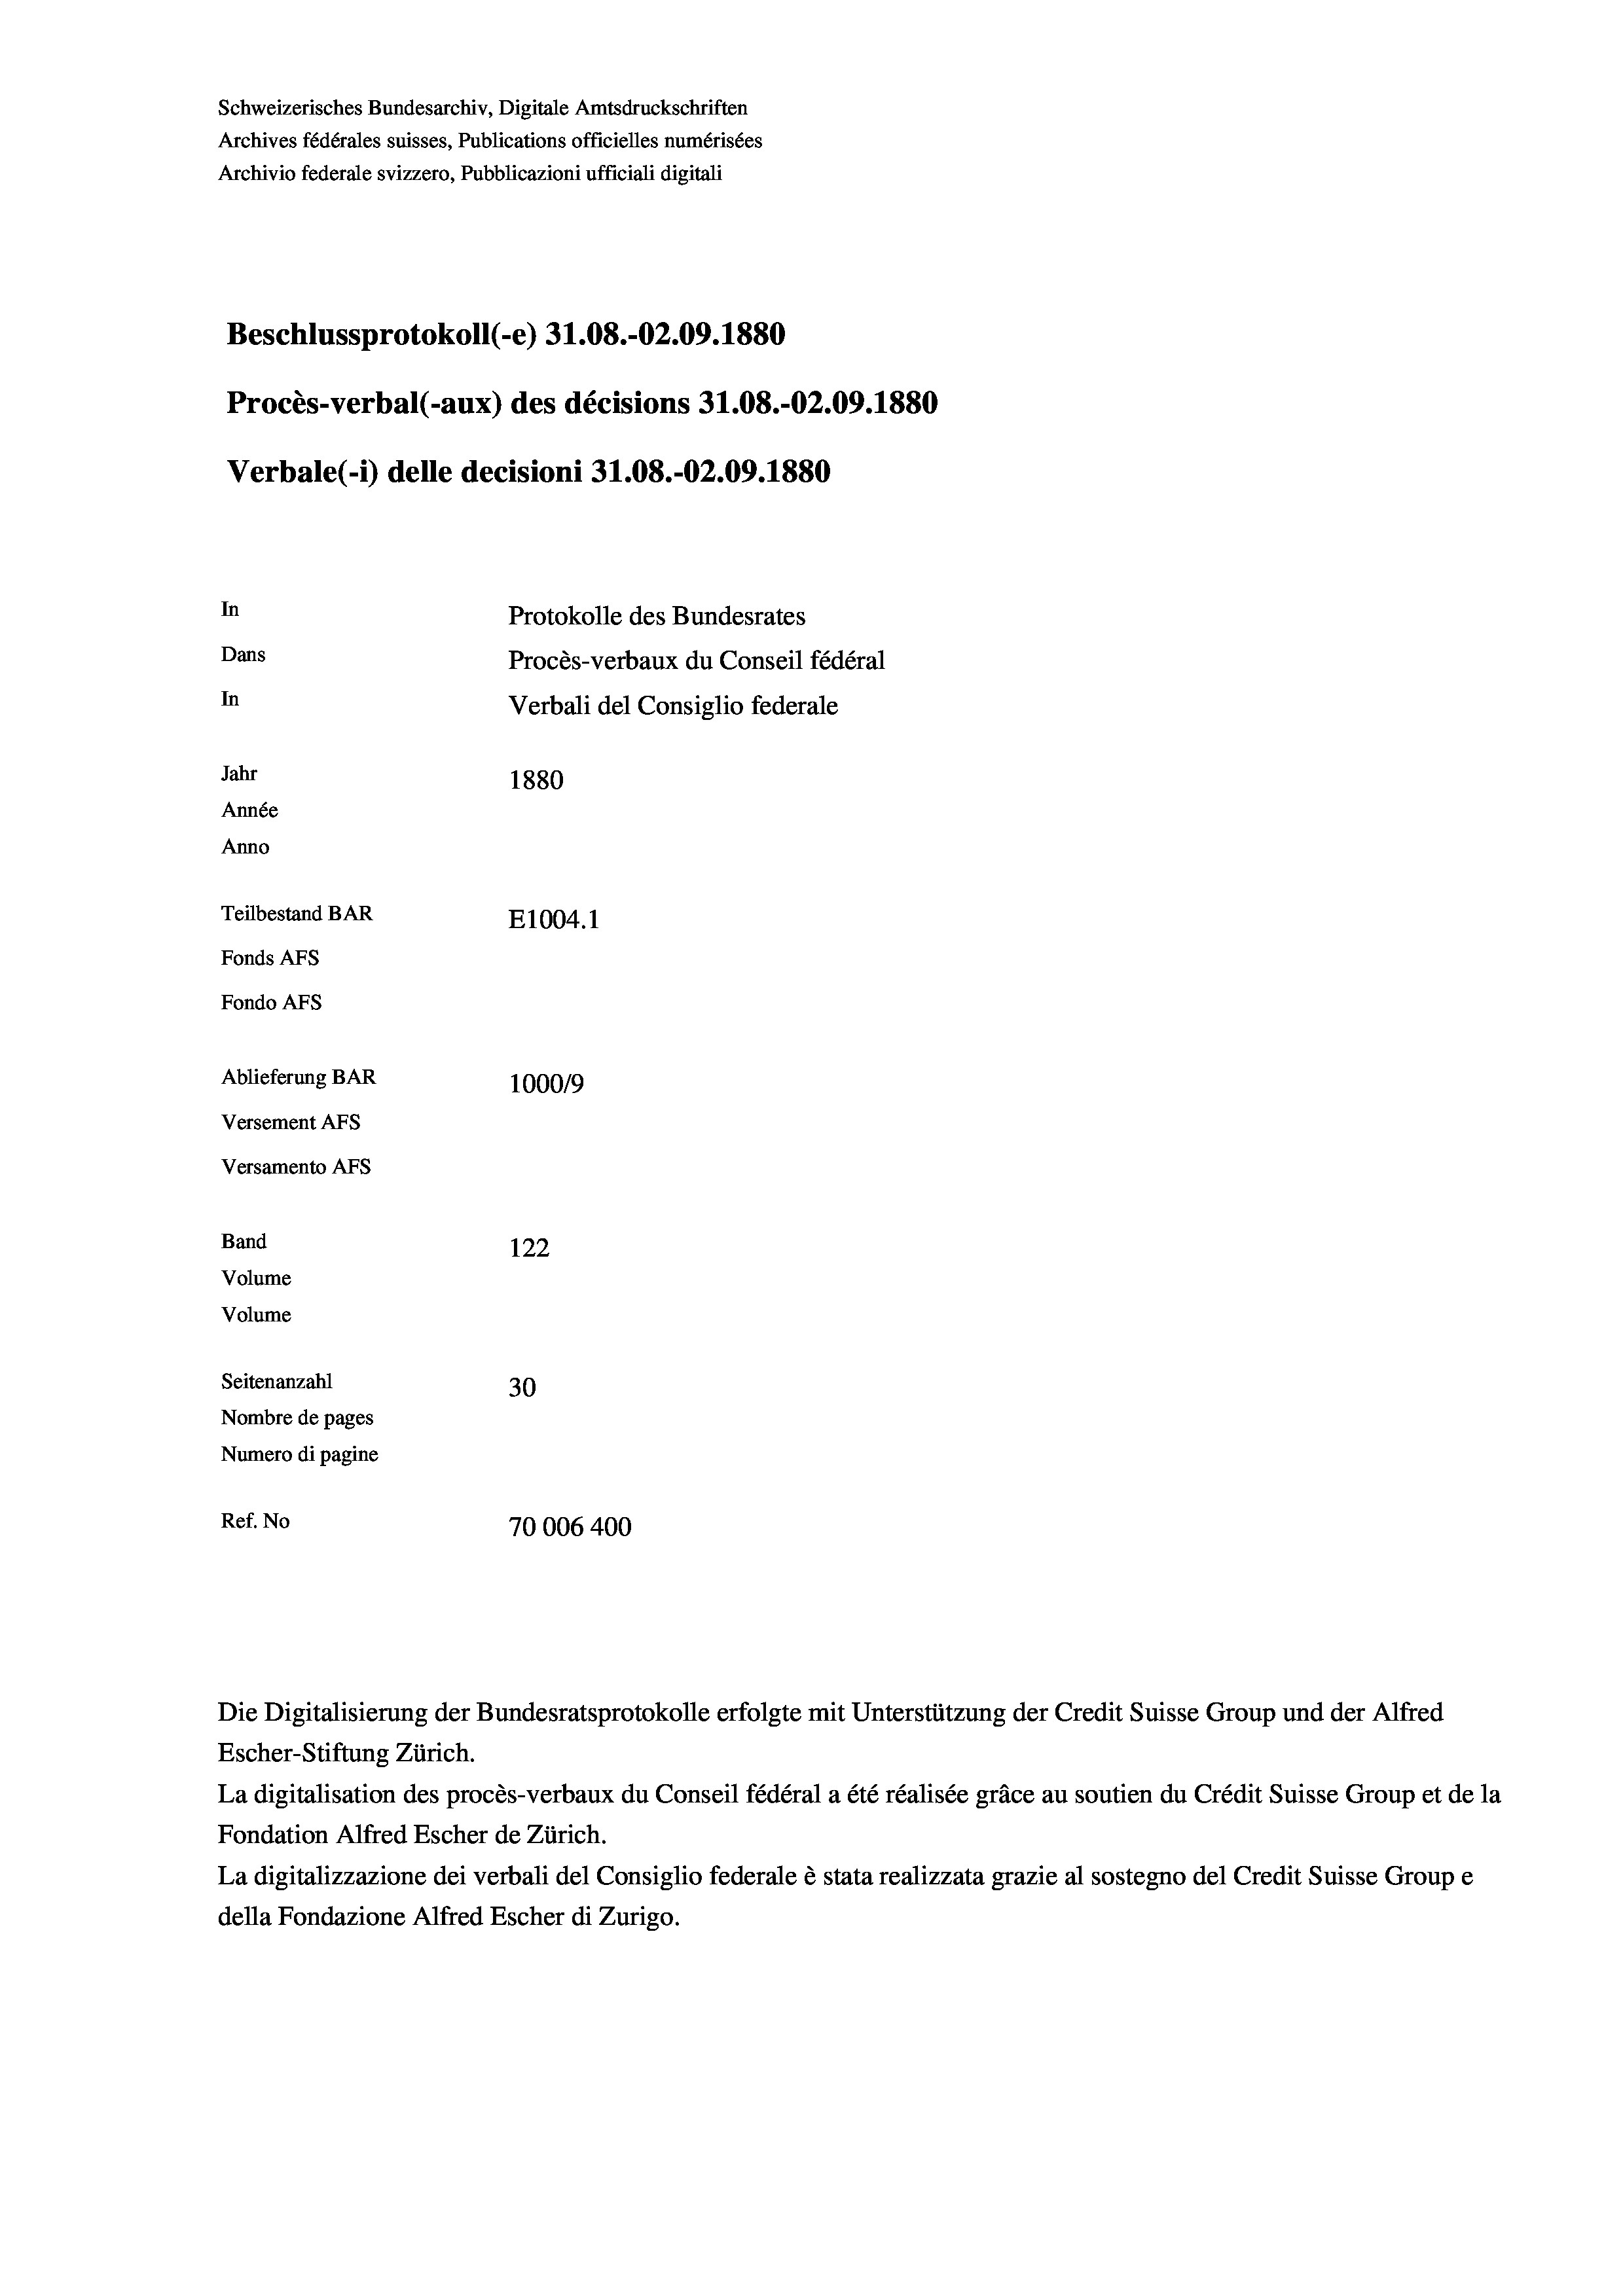
Schweizerisches Bundesarchiv, Digitale Amtsdruckschriften
Archives fédérales suisses, Publications officielles numérisées
Archivio federale svizzero, Pubblicazioni ufficiali digitali
Beschlussprotokoll (-e) 31.08.-02.09. 1880
Procès-verbal (-aux) des décisions 31.08.-02.09. 1880
Verbale (1) delle decisioni 31.08.-02.09. 1880
In
Protokolle des Bundesrates
Dans
Procès-verbaux du Conseil fédéral
In
Verbali del Consiglio federale
Jahr
1880
Année
Anno
Teilbestand BAR
E1004.1
Fonds AFs
Fondo Afs
Ablieferung BAR
10009
Versement Ans
Versamento AFs
Band
122
Volume
Volume
Seitenanzahl
30
Nombre de pages
Numero di pagine
Ref. No
70006 400

Escher-Stiftung Zürich.
La digitalisation des procès-verbaux du Conseil fédéral a été réalisée gräce au soutien du Crédit Suisse Group et de la
Fondation Alfred Escher de Zürich.
La digitalizzazione dei verbali del Consiglio federale è stata realizzata grazie al sostegno del Credit Suisse Groupe
della Fondazione Alfred Escher di Zurigo.

Die Digitalisierung der Bundesratsprotokolle erfolgte mit Unterstützung der Credit Suisse Group und der Alfred